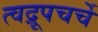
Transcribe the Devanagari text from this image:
त्वद्रूपचर्चे